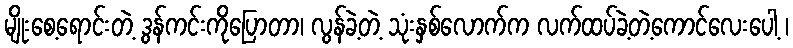
မျိုးစေ့ရောင်းတဲ့ ဒွန်ကင်းကိုပြောတာ၊ လွန်ခဲ့တဲ့ သုံးနှစ်လောက်က လက်ထပ်ခဲ့တဲ့ကောင်လေးပေါ့ ၊